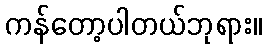
ကန်တော့ပါတယ်ဘုရား။